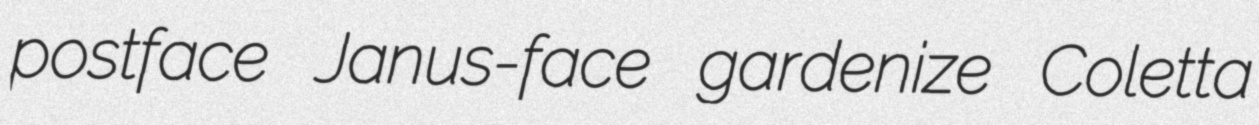
postface Janus-face gardenize Coletta